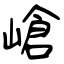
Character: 嵢